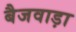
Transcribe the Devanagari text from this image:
बैजवाड़ा